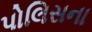
પોલિસના